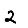
Digit: 2